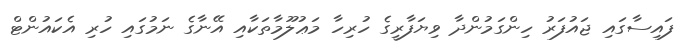
ފައިސާގައި ޖައުފަރު ހިންގަމުންދާ ވިޔަފާރީގެ ހުރިހާ މަޢުލޫމާތަކާއި އޭނާގެ ނަމުގައި ހުރި އެކައުންޓް